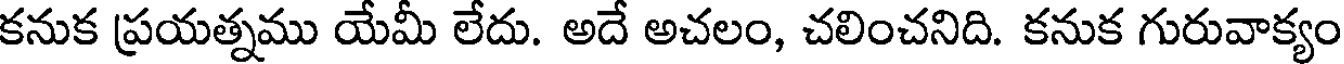
కనుక ప్రయత్నము యేమీ లేదు. అదే అచలం, చలించనిది. కనుక గురువాక్యం